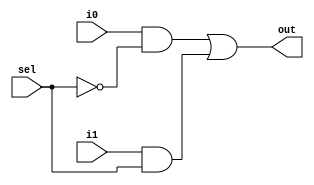
`timescale 1ns / 1ps
//////////////////////////////////////////////////////////////////////////////////
// Company: 
// Engineer: 
// 
// Design Name: 
// Module Name:    mux 
// Project Name: 
// Target Devices: 
// Tool versions: 
// Description: 
//
// Dependencies: 
//
// Revision: 
// Revision 0.01 - File Created
// Additional Comments: 
//
//////////////////////////////////////////////////////////////////////////////////
module mux(
    input sel,
    input i0,
    input i1,
    output out
    );
//select i0 if sel=0
wire t1,t2;
and g1(t1,i0,~sel);
and g2(t2,i1,sel);
or g3(out,t1,t2);
endmodule